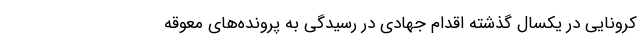
کرونایی در یکسال گذشته اقدام جهادی در رسیدگی به پرونده‌های معوقه